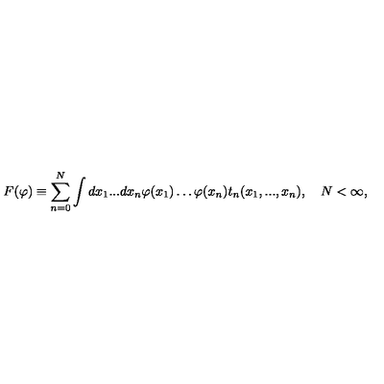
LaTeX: F ( \varphi ) \equiv \sum _ { n = 0 } ^ { N } \int d x _ { 1 } . . . d x _ { n } \varphi ( x _ { 1 } ) \ldots \varphi ( x _ { n } ) t _ { n } ( x _ { 1 } , . . . , x _ { n } ) , \quad N < \infty ,